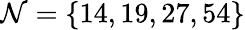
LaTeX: \mathcal{N}=\{ 14,19,27,54\}